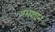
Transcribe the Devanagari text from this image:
श्मशानं